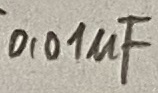
Text: 0,01µF